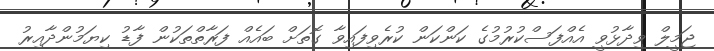
ޖަމީލް ވިދާޅުވީ އެއްފަސްކުރުމުގެ ކަންކަން ކުރެވިފައިވާ ގޮތަށް ބައެއް ފަރާތްތަކުން ފާޑު ކިޔަމުންދާއިރު